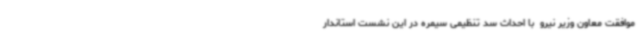
موافقت معاون وزیر نیرو  با احداث سد تنظیمی سیمره در این نشست استاندار